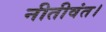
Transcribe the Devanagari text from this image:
नीतीवंत।